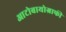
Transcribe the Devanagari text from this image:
आटोबायोग्राफी